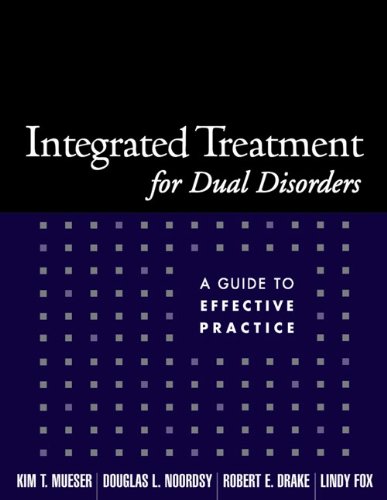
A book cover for Integrated Treatment for Dual Disorders: A Guide to Effective Practice; Kim T. Mueser; Medical Books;